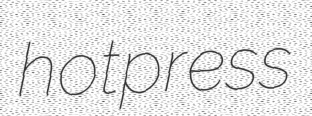
hotpress